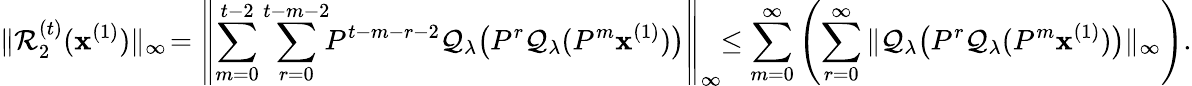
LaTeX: \| \mathcal{R}_{2}^{(t)}(\mathbf{x}^{(1)})\| _{\infty}\! =\left\| \sum_{m=0}^{t-2}\sum_{r=0}^{t-m-2}\! \! P^{t-m-r-2}\mathcal{Q}_{\lambda}\big(P^{r}\mathcal{Q}_{\lambda}(P^{m}\mathbf{x}^{(1)})\big)\right\| _{\infty}\! \! \leq\sum_{m=0}^{\infty}\left(\sum_{r=0}^{\infty}\| \mathcal{Q}_{\lambda}\big(P^{r}\mathcal{Q}_{\lambda}(P^{m}\mathbf{x}^{(1)})\big)\| _{\infty}\right).